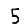
Digit: 5